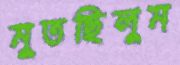
মুতছিলুম